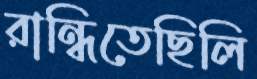
রান্ধিতেছিলি